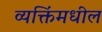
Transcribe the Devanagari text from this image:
व्यक्तिंमधील